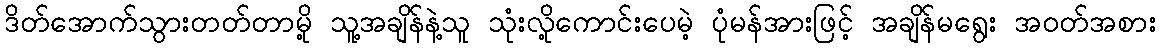
ဒိတ်အောက်သွားတတ်တာမို့ သူ့အချိန်နဲ့သူ သုံးလို့ကောင်းပေမဲ့ ပုံမန်အားဖြင့် အချိန်မရွေး အဝတ်အစား